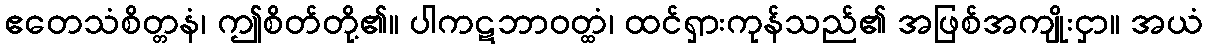
ဧတေသံစိတ္တနံ၊ ဤစိတ်တို့၏။ ပါကဋဘာဝတ္ထံ၊ ထင်ရှားကုန်သည်၏ အဖြစ်အကျိုးငှာ။ အယံ